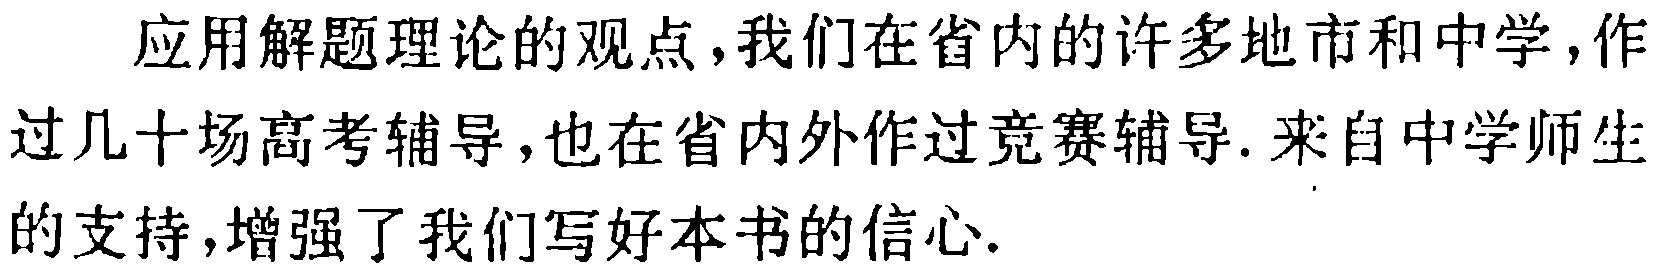
应用解题理论的观点，我们在省内的许多地市和中学，作过几十场高考辅导，也在省内外作过竞赛辅导. 来自中学师生的支持，增强了我们写好本书的信心.